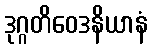
ဒုဂ္ဂတိဝေဒနိယာနံ